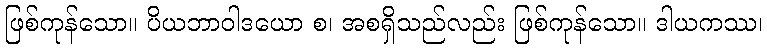
ဖြစ်ကုန်သော။ ပိယဘာဝါဒယော စ၊ အစရှိသည်လည်း ဖြစ်ကုန်သော။ ဒါယကဿ၊